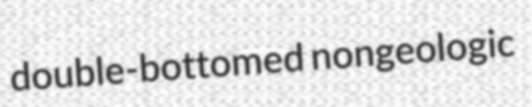
double-bottomed nongeologic